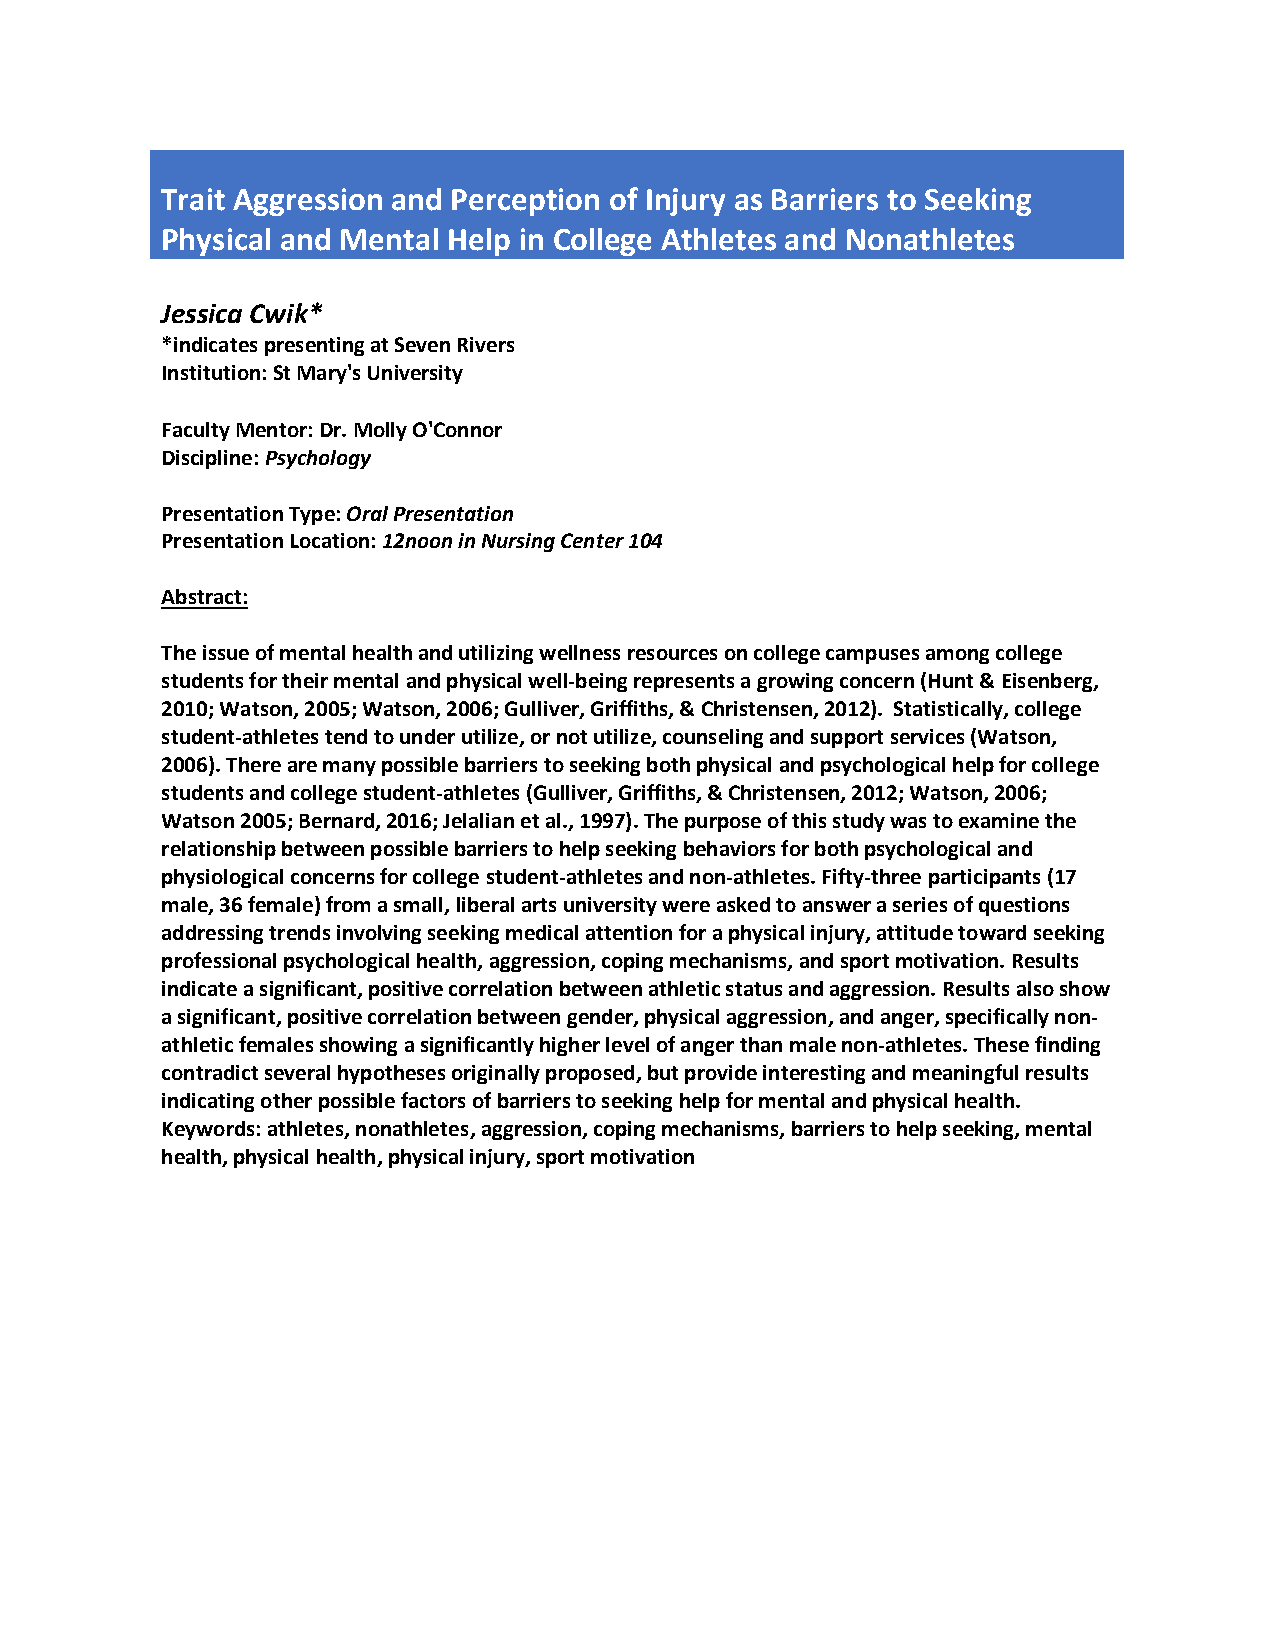
Trait Aggression and Perception of Injury as Barriers to Seeking
 Physical and Mental Help in College Athletes and Nonathletes
 Jessica Cwik*
 *indicates presenting at Seven Rivers
 Institution: St Mary's University
 Faculty Mentor: Dr. Molly O'Connor
 Discipline: Psychology
 Presentation Type: Oral Presentation
 Presentation Location: 12noon in Nursing Center 104
 Abstract:
 The issue of mental health and utilizing wellness resources on college campuses among college
 students for their mental and physical well-being represents a growing concern (Hunt & Eisenberg,
 2010; Watson, 2005; Watson, 2006; Gulliver, Griffiths, & Christensen, 2012). Statistically, college
 student-athletes tend to under utilize, or not utilize, counseling and support services (Watson,
 2006). There are many possible barriers to seeking both physical and psychological help for college
 students and college student-athletes (Gulliver, Griffiths, & Christensen, 2012; Watson, 2006;
 Watson 2005; Bernard, 2016; Jelalian et al., 1997). The purpose of this study was to examine the
 relationship between possible barriers to help seeking behaviors for both psychological and
 physiological concerns for college student-athletes and non-athletes. Fifty-three participants (17
 male, 36 female) from a small, liberal arts university were asked to answer a series of questions
 addressing trends involving seeking medical attention for a physical injury, attitude toward seeking
 professional psychological health, aggression, coping mechanisms, and sport motivation. Results
 indicate a significant, positive correlation between athletic status and aggression. Results also show
 a significant, positive correlation between gender, physical aggression, and anger, specifically non-
 athletic females showing a significantly higher level of anger than male non-athletes. These finding
 contradict several hypotheses originally proposed, but provide interesting and meaningful results
 indicating other possible factors of barriers to seeking help for mental and physical health.
 Keywords: athletes, nonathletes, aggression, coping mechanisms, barriers to help seeking, mental
 health, physical health, physical injury, sport motivation